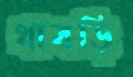
থাবড়ি